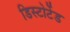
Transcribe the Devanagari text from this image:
डिस्टोर्टेड